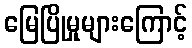
မြေပြိုမှုများကြောင့်